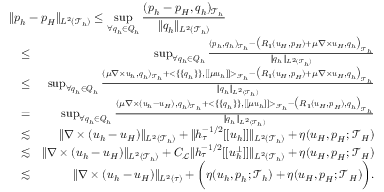
\begin{array} { r l r } { \lefteqn { \| \boldsymbol { p } _ { h } - \boldsymbol { p } _ { H } \| _ { L ^ { 2 } ( \mathcal { T } _ { h } ) } \leq \operatorname* { s u p } _ { \forall \boldsymbol { q } _ { h } \in \boldsymbol { Q } _ { h } } \frac { ( \boldsymbol { p } _ { h } - \boldsymbol { p } _ { H } , \boldsymbol { q } _ { h } ) _ { \mathcal { T } _ { h } } } { \| \boldsymbol { q } _ { h } \| _ { L ^ { 2 } ( \mathcal { T } _ { h } ) } } } } \\ & { \leq } & { \operatorname* { s u p } _ { \forall \boldsymbol { q } _ { h } \in \boldsymbol { Q } _ { h } } \frac { ( \boldsymbol { p } _ { h } , \boldsymbol { q } _ { h } ) _ { \mathcal { T } _ { h } } - \big ( R _ { 1 } ( \boldsymbol { u } _ { H } , \boldsymbol { p } _ { H } ) + \mu \nabla \times \boldsymbol { u } _ { H } , \boldsymbol { q } _ { h } \big ) _ { \mathcal { T } _ { h } } } { \| \boldsymbol { q } _ { h } \| _ { L ^ { 2 } ( \mathcal { T } _ { h } ) } } } \\ & { \leq } & { \operatorname* { s u p } _ { \forall \boldsymbol { q } _ { h } \in \boldsymbol { Q } _ { h } } \frac { ( \mu \nabla \times \boldsymbol { u } _ { h } , \boldsymbol { q } _ { h } ) _ { \mathcal { T } _ { h } } + < \{ \{ \boldsymbol { q } _ { h } \} \} , [ [ \mu \boldsymbol { u } _ { h } ] ] > _ { \mathcal { F } _ { h } } - \big ( R _ { 1 } ( \boldsymbol { u } _ { H } , \boldsymbol { p } _ { H } ) + \mu \nabla \times \boldsymbol { u } _ { H } , \boldsymbol { q } _ { h } \big ) _ { \mathcal { T } _ { h } } } { \| \boldsymbol { q } _ { h } \| _ { L ^ { 2 } ( \mathcal { T } _ { h } ) } } } \\ & { = } & { \operatorname* { s u p } _ { \forall \boldsymbol { q } _ { h } \in \boldsymbol { Q } _ { h } } \frac { ( \mu \nabla \times ( \boldsymbol { u } _ { h } - \boldsymbol { u } _ { H } ) , \boldsymbol { q } _ { h } ) _ { \mathcal { T } _ { h } } + < \{ \{ \boldsymbol { q } _ { h } \} \} , [ [ \mu \boldsymbol { u } _ { h } ] ] > _ { \mathcal { F } _ { h } } - \big ( R _ { 1 } ( \boldsymbol { u } _ { H } , \boldsymbol { p } _ { H } ) , \boldsymbol { q } _ { h } \big ) _ { \mathcal { T } _ { h } } } { \| \boldsymbol { q } _ { h } \| _ { L ^ { 2 } ( \mathcal { T } _ { h } ) } } } \\ & { \lesssim } & { \| \nabla \times ( \boldsymbol { u } _ { h } - \boldsymbol { u } _ { H } ) \| _ { L ^ { 2 } ( \mathcal { T } _ { h } ) } + \| h _ { \tau } ^ { - 1 / 2 } [ [ \boldsymbol { u } _ { h } ] ] \| _ { L ^ { 2 } ( \mathcal { T } _ { h } ) } + \eta ( u _ { H } , \boldsymbol { p } _ { H } ; \mathcal { T } _ { H } ) } \\ & { \lesssim } & { \| \nabla \times ( \boldsymbol { u } _ { h } - \boldsymbol { u } _ { H } ) \| _ { L ^ { 2 } ( \mathcal { T } _ { h } ) } + C _ { \mathcal { L } } \| h _ { \tau } ^ { - 1 / 2 } [ [ \boldsymbol { u } _ { h } ^ { \bot } ] ] \| _ { L ^ { 2 } ( \mathcal { T } _ { h } ) } + \eta ( u _ { H } , \boldsymbol { p } _ { H } ; \mathcal { T } _ { H } ) } \\ & { \lesssim } & { \| \nabla \times ( \boldsymbol { u } _ { h } - \boldsymbol { u } _ { H } ) \| _ { L ^ { 2 } ( \tau ) } + \bigg ( \eta ( u _ { h } , \boldsymbol { p } _ { h } ; \mathcal { T } _ { h } ) + \eta ( u _ { H } , \boldsymbol { p } _ { H } ; \mathcal { T } _ { H } ) \bigg ) . } \end{array}